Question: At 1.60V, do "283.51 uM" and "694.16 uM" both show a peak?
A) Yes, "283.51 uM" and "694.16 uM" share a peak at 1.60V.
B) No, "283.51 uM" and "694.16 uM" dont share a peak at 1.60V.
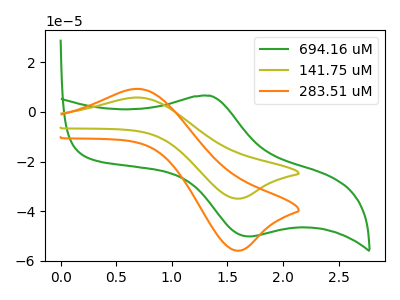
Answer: <think>The green curve "694.16 uM" has an anodic peak at (1.35V, 6.55uA) and a cathodic peak at (1.70V, -50.15uA). The olive curve "141.75 uM" has an anodic peak at (0.70V, 5.80uA) and a cathodic peak at (1.60V, -34.90uA). The orange curve "283.51 uM" has an anodic peak at (0.70V, 9.30uA) and a cathodic peak at (1.60V, -55.85uA).</think>
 <answer>B) No, "283.51 uM" and "694.16 uM" dont share a peak at 1.60V.</answer>
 <eval>B</eval>